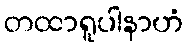
တထာရူပါနာဟံ